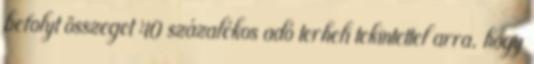
befolyt összeget 40 százalékos adó terheli tekintettel arra, hogy